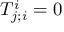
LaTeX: T _ { j ; i } ^ { i } = 0